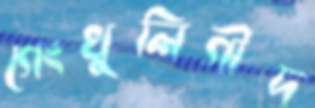
গেংখুলিগীদ